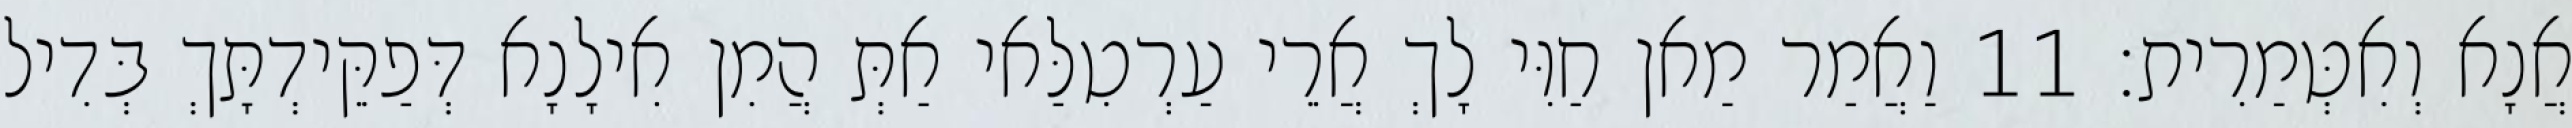
אֲנָא וְאִטְּמַרִית׃ 11 וַאֲמַר מַאן חַוִּי לָךְ אֲרֵי עַרְטִלַּאי אַתְּ הֲמִן אִילָנָא דְּפַקֵּידְתָּךְ בְּדִיל